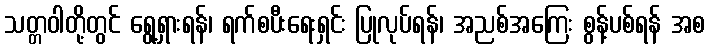
သတ္တဝါတို့တွင် ရွေ့ရှားရန်၊ ရက်စပီးရေးရှင်း ပြုလုပ်ရန်၊ အညစ်အကြေး စွန့်ပစ်ရန် အစ